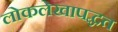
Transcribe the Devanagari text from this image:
लोकलेखापद्धत